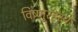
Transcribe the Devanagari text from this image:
विष्णुरहस्य